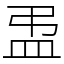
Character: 盄